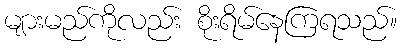
များမည်ကိုလည်း စိုးရိမ်နေကြရသည်။